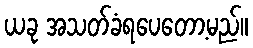
ယခု အသတ်ခံရပေတော့မည်။